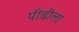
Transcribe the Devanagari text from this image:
पीढीला